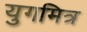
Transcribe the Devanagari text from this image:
युगमित्र